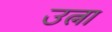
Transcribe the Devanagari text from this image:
उत्ना